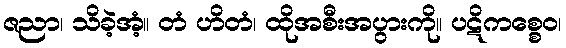
ဇညာ၊ သိခဲ့အံ့။ တံ ဟိတံ၊ ထိုအစီးအပွားကို။ ပဋိကစ္စေဝ၊